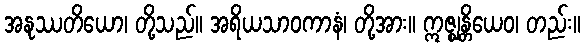
အနုဿတိယော၊ တို့သည်။ အရိယသာဝကာနံ၊ တို့အား။ ဣဇ္ဈန္တိယေဝ၊ တည်း။